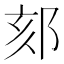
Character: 郂